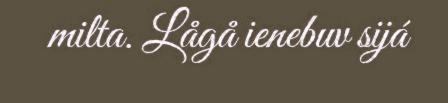
milta. Lågå ienebuv sijá